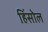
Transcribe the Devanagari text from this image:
हिंसोल